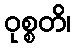
ဝုစ္စတိ၊